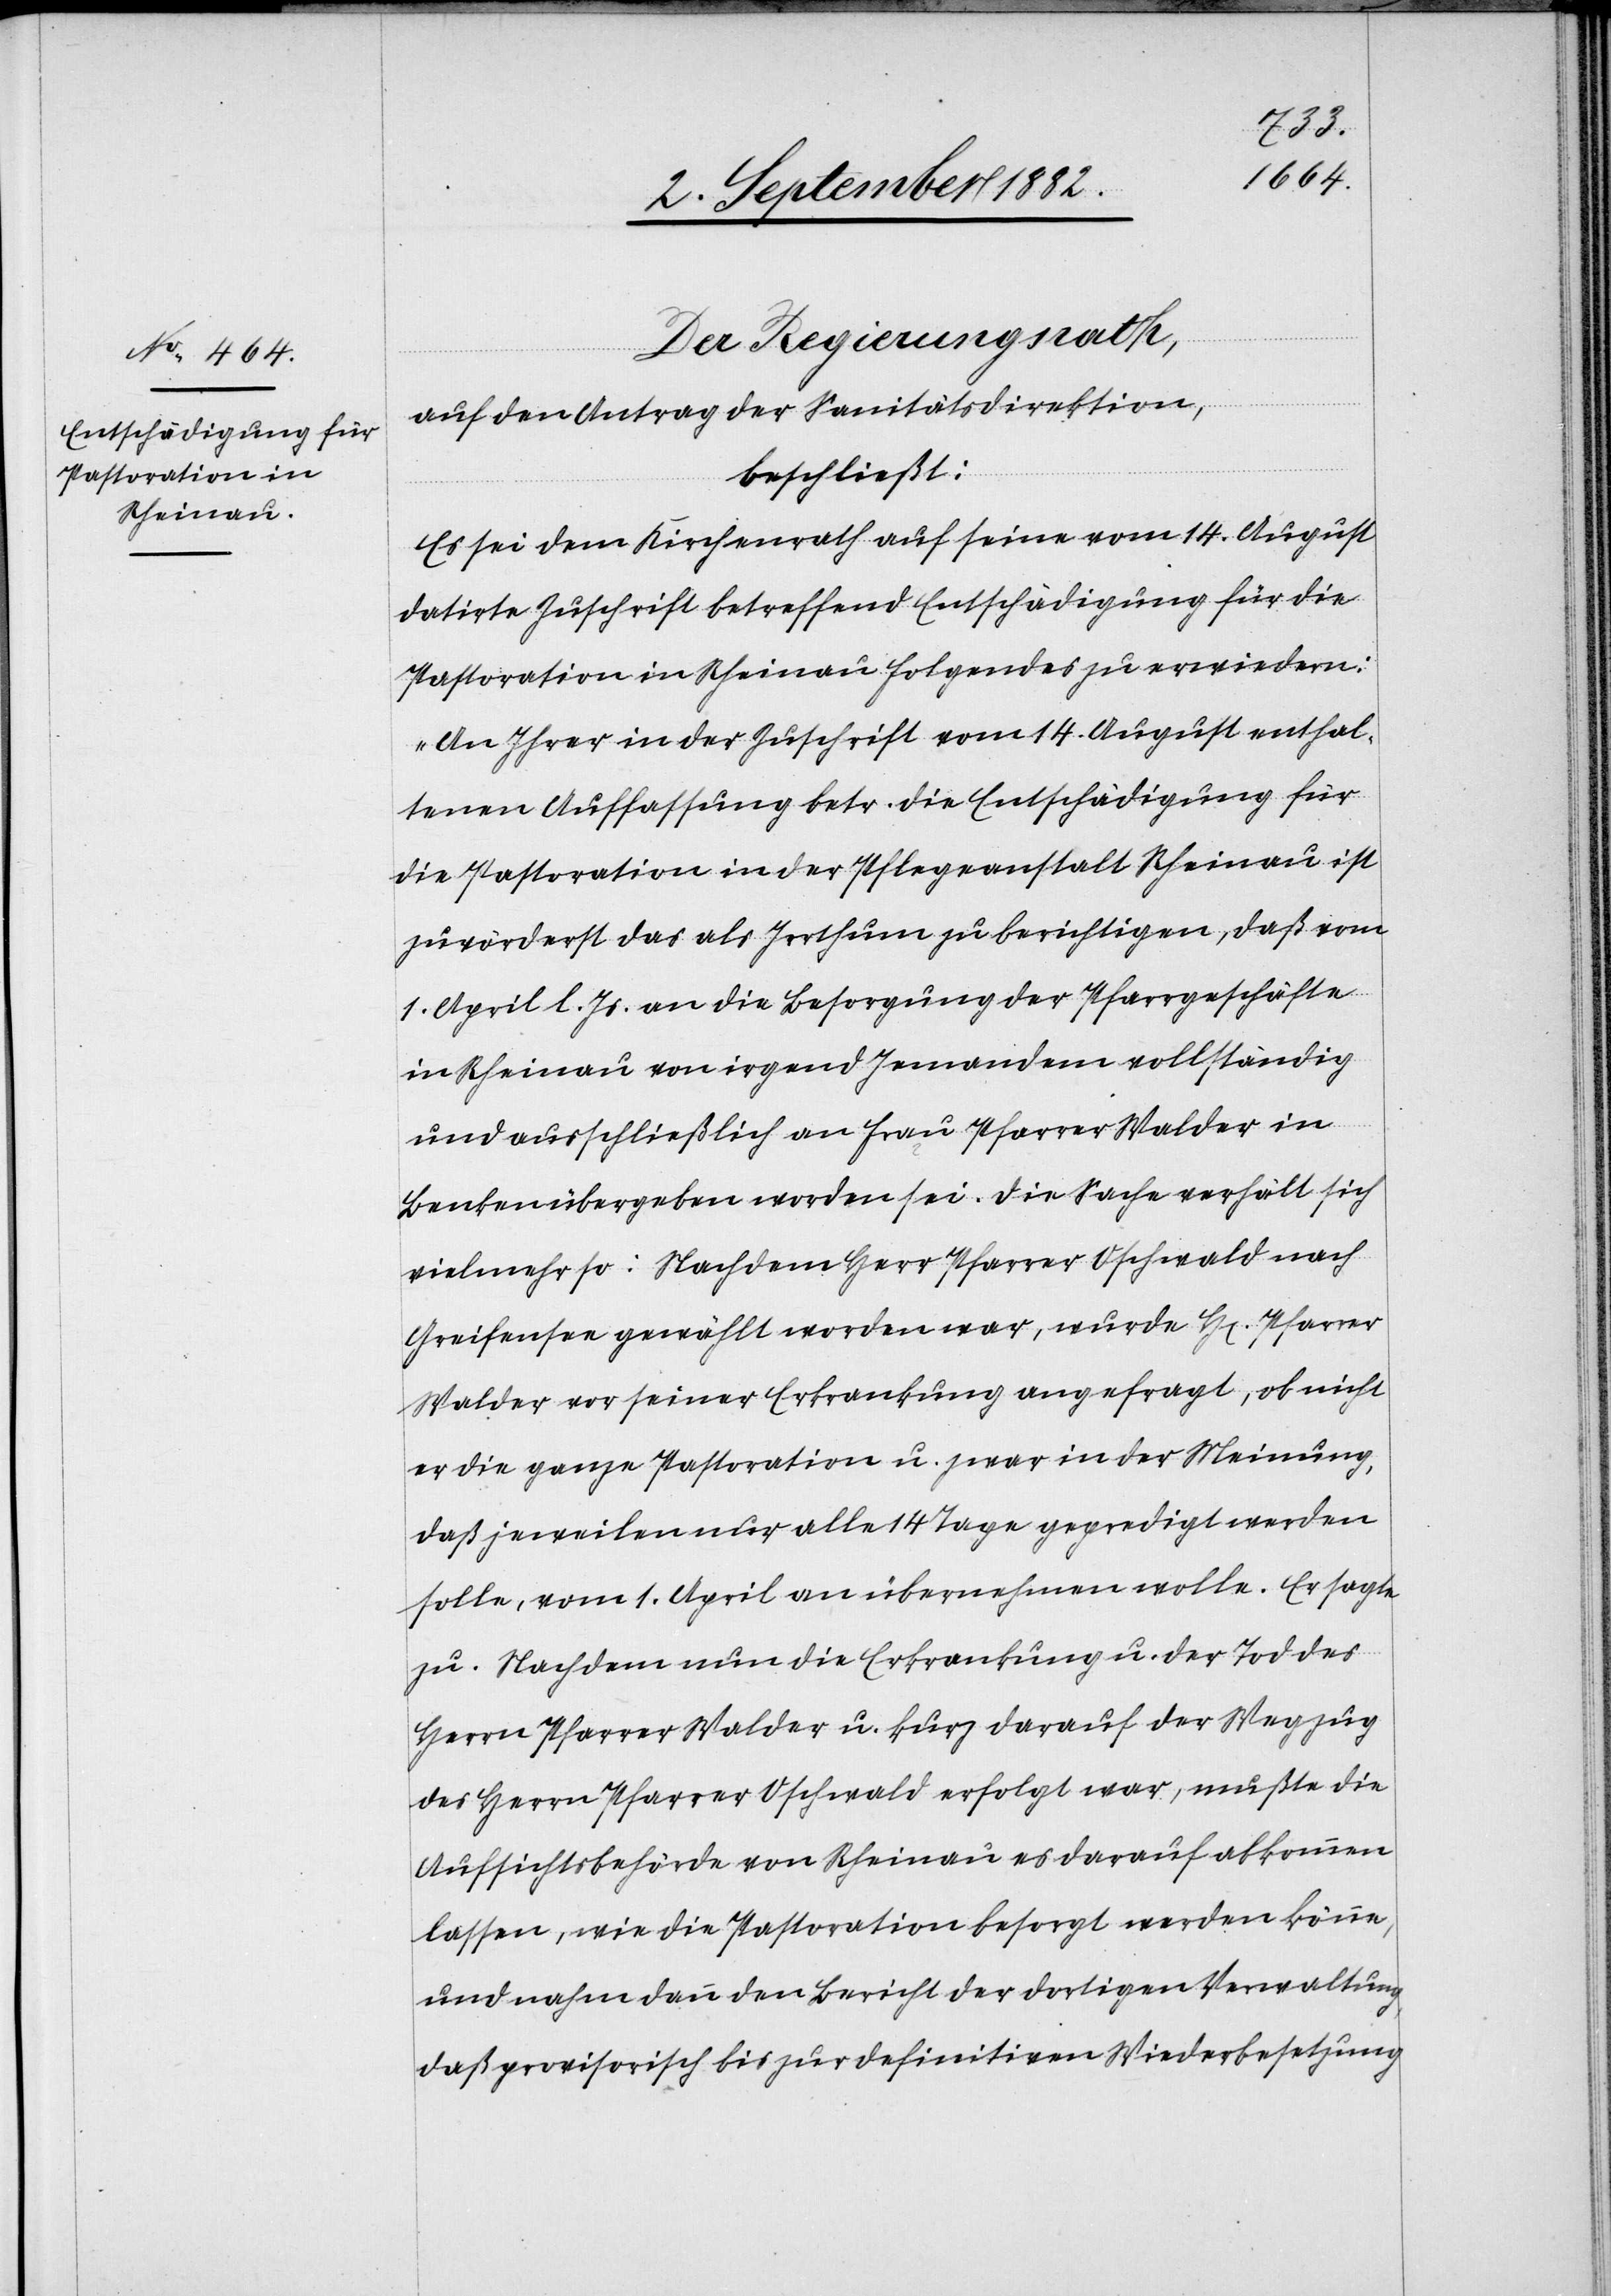
Der Regierungsrath,
auf den Antrag der Sanitätsdirektion,
beschließt:
Es sei dem Kirchenrath auf seine vom 14. August
datirte Zuschrift betreffend Entschädigung für die
Pastoration in Rheinau Folgendes zu erwiedern:
„An Ihrer in der Zuschrift vom 14. August enthal¬
tenen Auffassung betr. die Entschädigung für
die Pastoration in der Pflegeanstalt Rheinau ist
zuvörderst das als Irrthum zu berichtigen, daß vom
1. April l. Js. an die Besorgung der Pfarrgeschäfte
in Rheinau von irgend Jemandem vollständig
und ausschließlich an Frau Pfarrer Walder in
Benken übergeben worden sei. Die Sache verhält sich
vielmehr so: Nachdem Herr Pfarrer Oschwald nach
Greifensee gewählt worden war, wurde H[err] Pfarrer
Walder vor seiner Erkrankung angefragt, ob nicht
er die ganze Pastoration u. zwar in der Meinung,
daß jeweilen nur alle 14 Tage gepredigt werden
solle, vom 1. April an übernehmen wolle. Er sagte
zu. Nachdem nun die Erkrankung u. der Tod des
Herrn Pfarrer Walder u. kurz darauf der Wegzug
des Herrn Pfarrer Oschwald erfolgt war, mußte die
Aufsichtsbehörde von Rheinau es darauf abkommen
lassen, wie die Pastoration besorgt werden könne,
und nahm dann den Bericht der dortigen Verwaltung,
daß provisorisch bis zur definitiven Wiederbesetzung